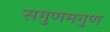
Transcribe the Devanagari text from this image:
सगुणमगुण